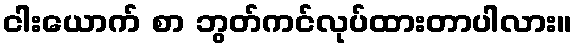
ငါးယောက် စာ ဘွတ်ကင်လုပ်ထားတာပါလား။